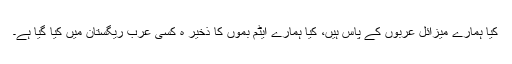
کیا ہمارے میزائل عربوں کے پاس ہیں، کیا ہمارے ایٹم بموں کا ذخیر ہ کسی عرب ریگستان میں کیا گیا ہے۔